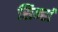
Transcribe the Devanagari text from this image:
सिन्हां